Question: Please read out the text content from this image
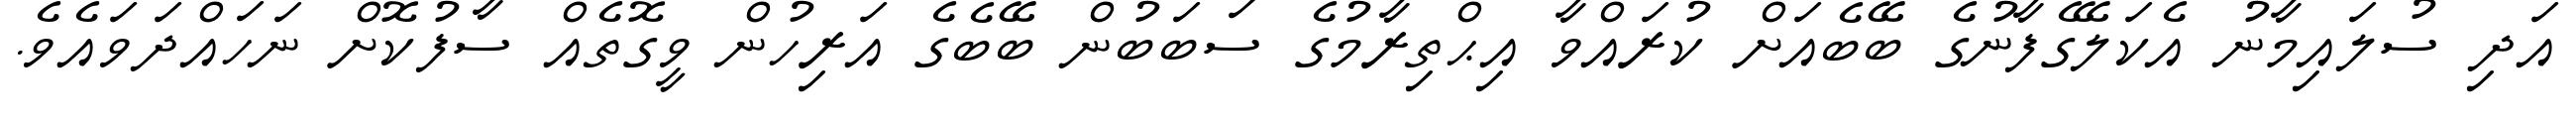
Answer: އަދި ސުލައިމާނު އެކަލޭގެފާނުގެ ބޭބެއަށް ކުރައްވާ އިޙްތިރާމުގެ ސަބަބުން ބޭބެގެ އަރިހުން ވީގޮތެއް ސާފުކޮށް ނަހައްދަވައެވެ.